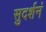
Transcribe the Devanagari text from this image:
सुदर्शनं